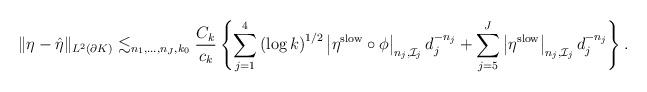
LaTeX: \begin{align*}\Vert \eta -\hat{\eta} \Vert_{L^2 \left( \partial K \right)}\lesssim_{n_1,\ldots,n_{J},k_{0}} \dfrac{C_k}{c_k}\left\{\sum_{j=1}^{4} \left( \log k \right)^{1/2} \left| \eta^{\rm slow} \circ \phi \right|_{n_j,\mathcal{I}_j} d_j^{-n_j}+ \sum_{j=5}^{J} \left| \eta^{\rm slow} \right|_{n_j,\mathcal{I}_j} d_j^{-n_j}\right\}.\end{align*}